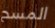
المسح